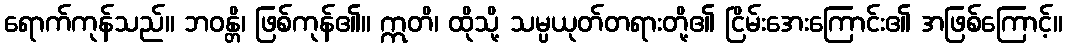
ရောက်ကုန်သည်။ ဘဝန္တိ၊ ဖြစ်ကုန်၏။ ဣတိ၊ ထိုသို့ သမ္ပယုတ်တရားတို့၏ ငြိမ်းအေးကြောင်း၏ အဖြစ်ကြောင့်။